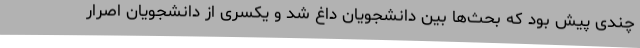
چندی پیش بود که بحث‌ها بین دانشجویان داغ شد و یکسری از دانشجویان اصرار